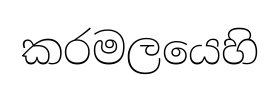
කරමලයෙහි